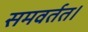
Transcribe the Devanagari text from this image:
समवर्तत।